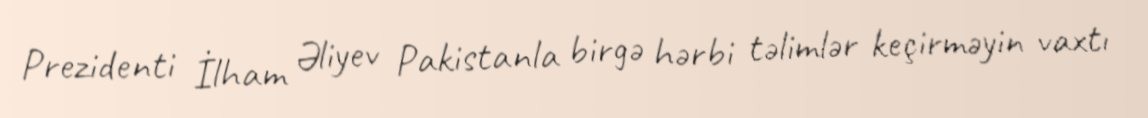
Prezidenti İlham Əliyev Pakistanla birgə hərbi təlimlər keçirməyin vaxtı